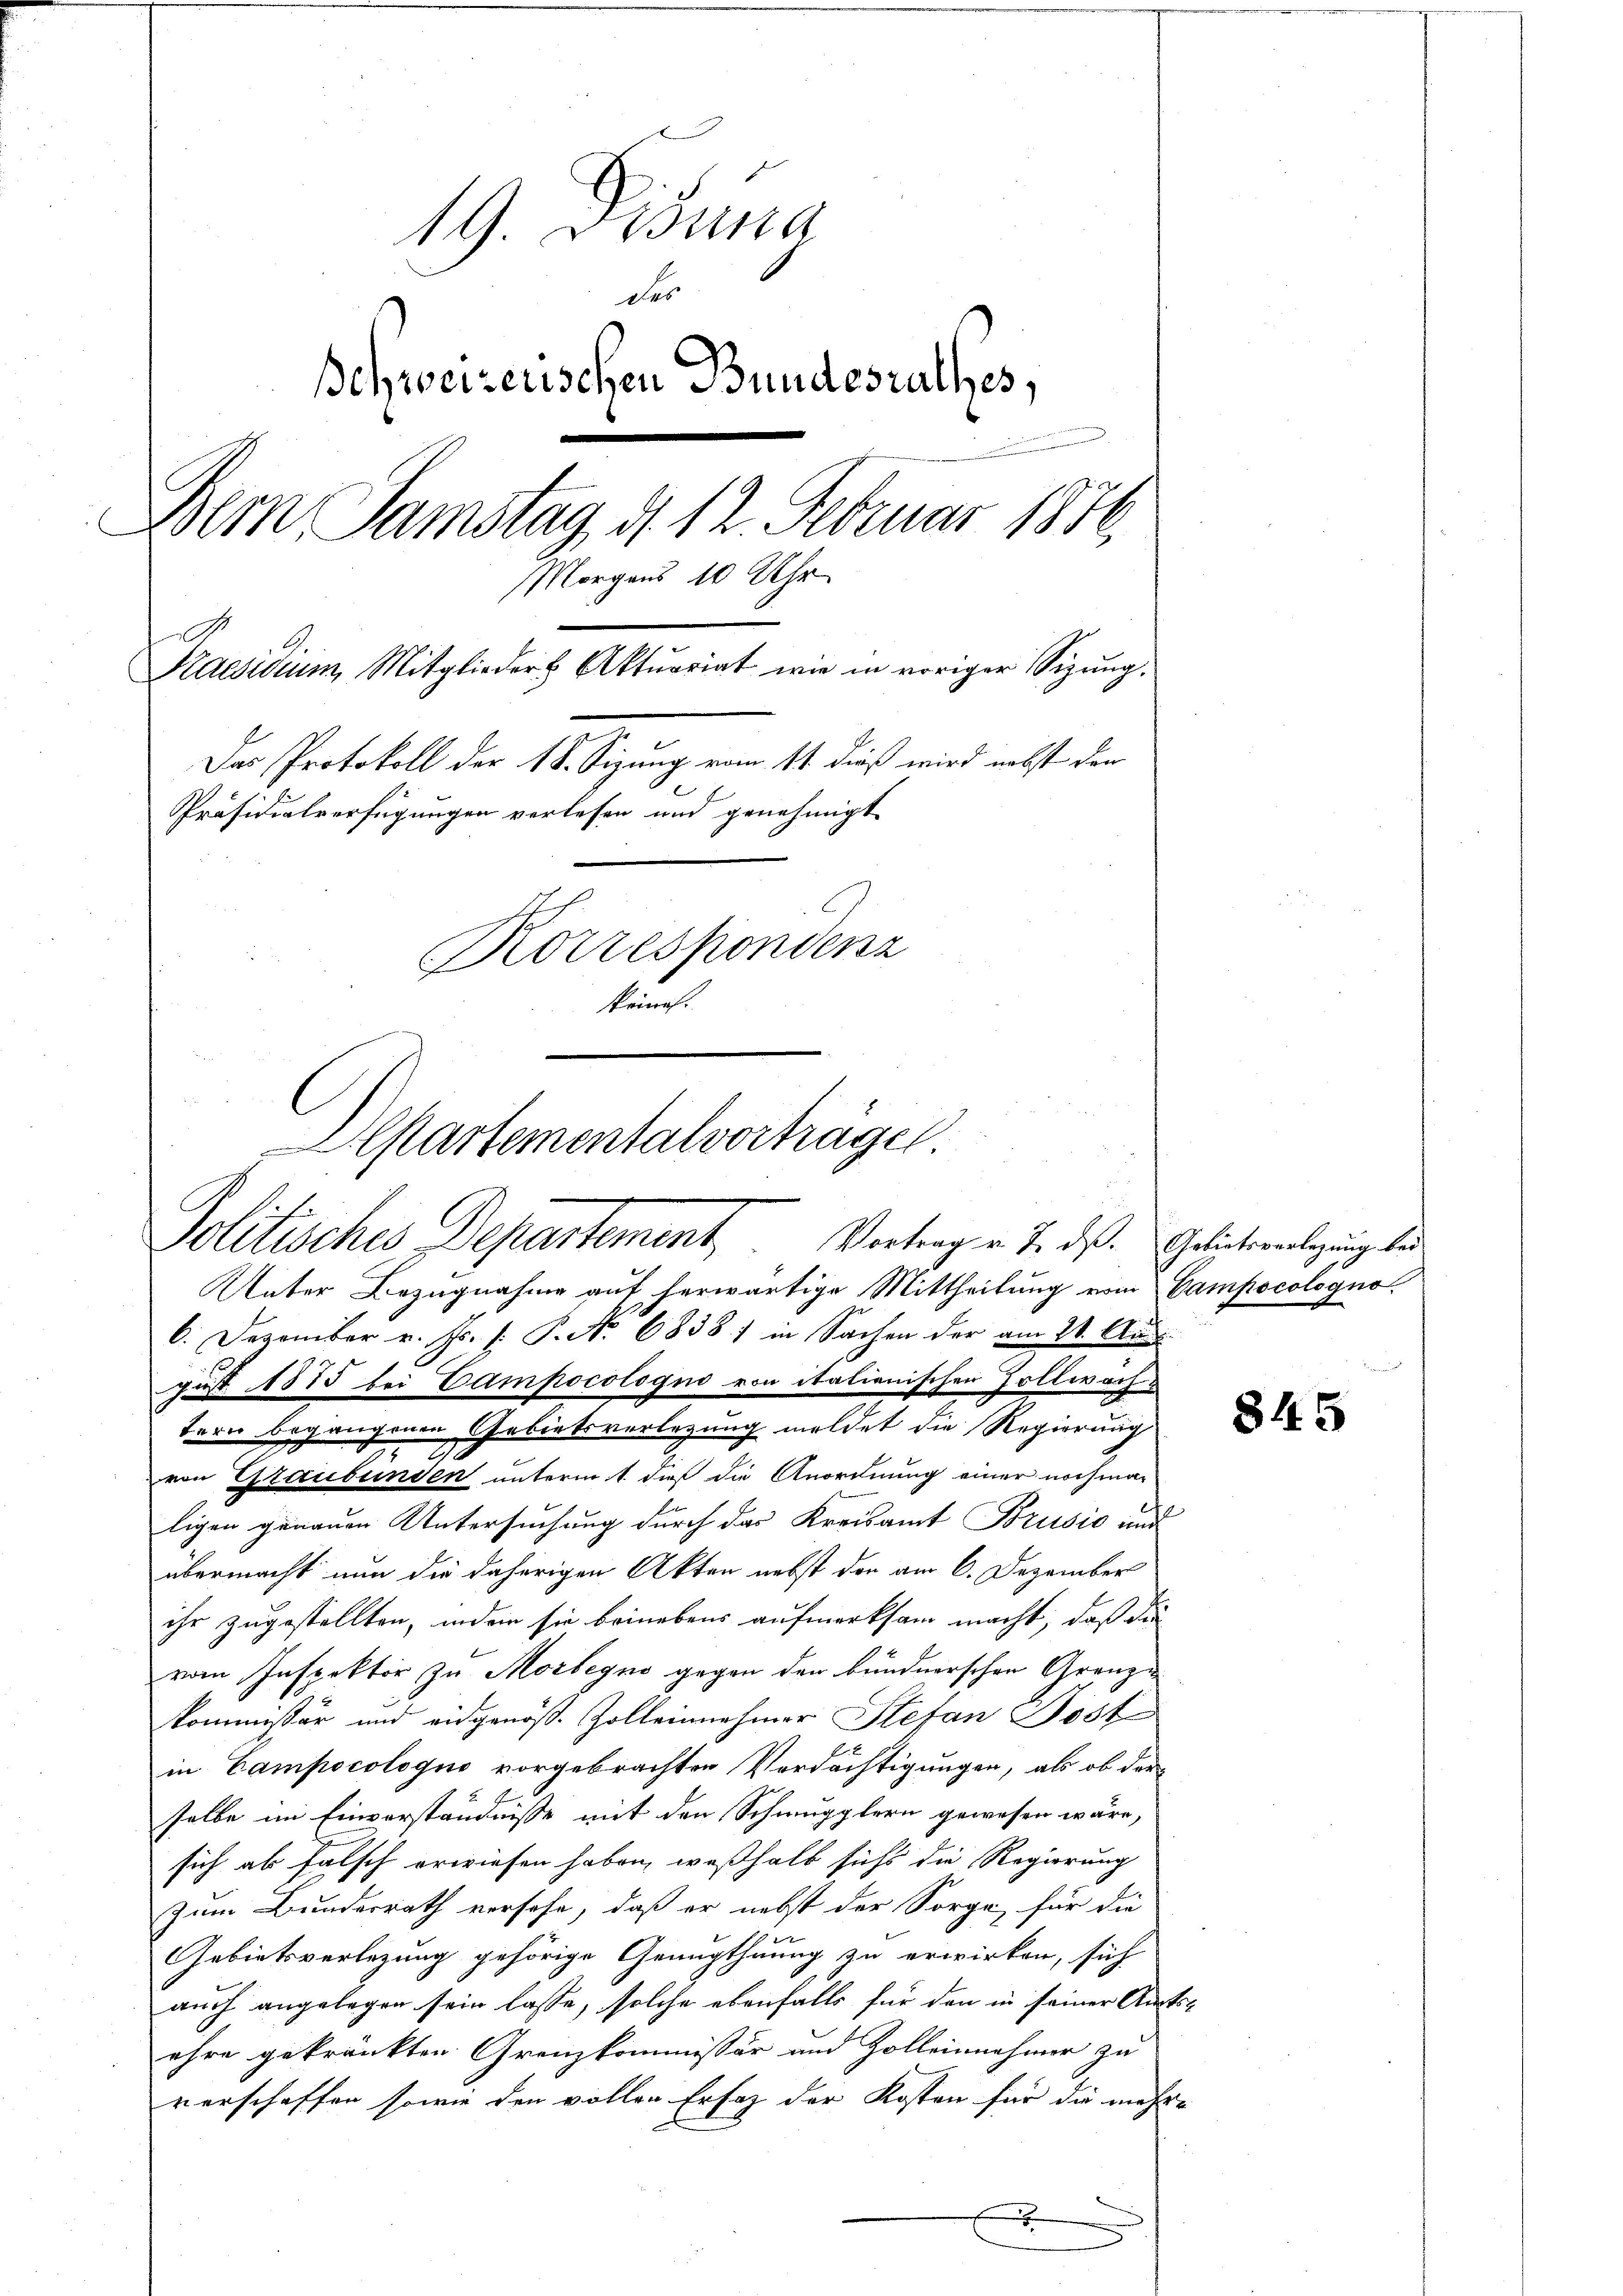
19. Disung
des
Behweizerischen Bundesrathes,
Dem Samstag, d. 12. Februar 1872,
Morgens 10 Uhr
e
Kaesidium Mitglieder Aktuariat wie in voriger Sizung,
Das Protokoll der 1 S. Sizung vom 11. dieß wird nebst den
Präsidialverfügungen verlesen und genehmigt
Korrespondenz
krief.

Unter Bezugnahme auf herwärtige Mittheilung vom Campocologno-
6. Dezember v. Js. (: P. Nr. 6838) in Sachen der am 21. Aug.
gust 1875 bei Campocologno von italienischen Zollwachtern begangenen Gebietsverlegung meldet die Regierung
von Graubünden unterm 1. dieß die Anordnung einer nochma-
ligen genauen Untersuchung durch das Kreisamt Brusić und
übermacht nun die daherigen Akten nebst den am 6. Dezember
ihr zugestellten, indem sie beinebens aufmerksam macht, daß die
vom Inspektor zu Morlegno gegen den bundnerschen Granzi
kommissär und eidgenöß.- Zolleinnehmer Stefan Poste
in Campocologno vorgebrachten Verdächtigungen, als ob der
selbe im Einverständnisse mit den Schmupplern gewesen wäre,
sich ab falsch erwiesen haben, weßhalb sichs die Regierung
zum Bundesrath verhofe, daß er nebst der Sorge für die
Gebietsverlegung gehörige Genugthuung zu erwirken, sich
auch angelegen sein lasse, solche ebenfalls für den in seiner Amts-
ehre gekränkten Grenzkommissär und Zolleinnehmer zu
verschaffen sowie den vollen Erfaz der Kosten für die mehre
x

epartementalvorträge
Politisches Departement
Vortrag v. J. dß. Gebietsverlegung bei

845